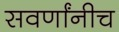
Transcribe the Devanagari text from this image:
सवर्णांनीच